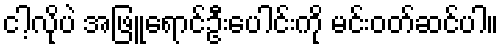
ငါ့လိုပဲ အဖြူရောင်ဦးပေါင်းကို မင်းဝတ်ဆင်ပါ။